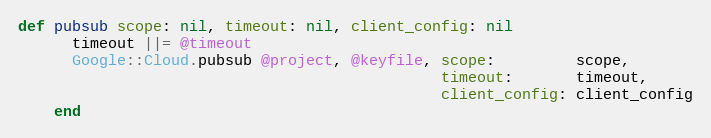
Language: Ruby
def pubsub scope: nil, timeout: nil, client_config: nil
      timeout ||= @timeout
      Google::Cloud.pubsub @project, @keyfile, scope:         scope,
                                               timeout:       timeout,
                                               client_config: client_config
    end